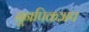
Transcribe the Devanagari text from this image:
नूनपिकअप